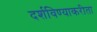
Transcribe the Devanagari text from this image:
दर्शविण्याकरीता